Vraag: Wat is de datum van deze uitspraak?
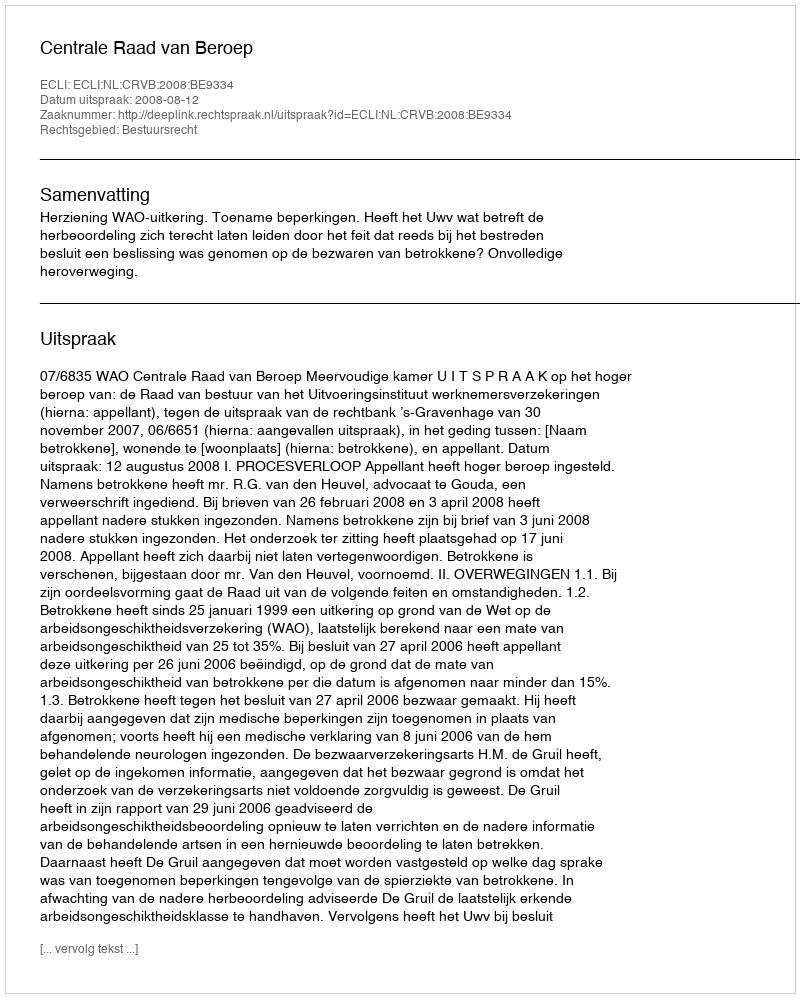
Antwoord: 2008-08-12